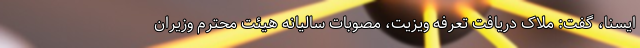
ایسنا، گفت: ملاک دریافت تعرفه ویزیت، مصوبات سالیانه هیئت محترم وزیران